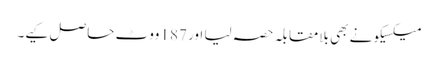
میکسیکو نے بھی بلامقابلہ حصہ لیا اور 187 ووٹ حاصل کیے۔